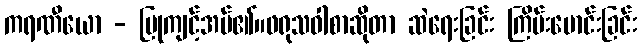
ကရဏီယော - ပြုကျင့်အပ်၏။ဖရုသဝါစာဆိုတာ ဆဲရေးခြင်း ကြိမ်းမောင်းခြင်း